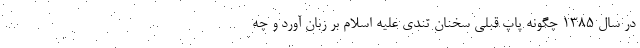
در سال 1385 چگونه پاپ قبلی سخنان تندی علیه اسلام بر زبان آورد و چه